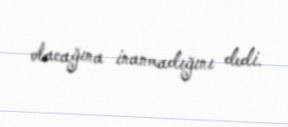
olacağına inanmadığını dedi.